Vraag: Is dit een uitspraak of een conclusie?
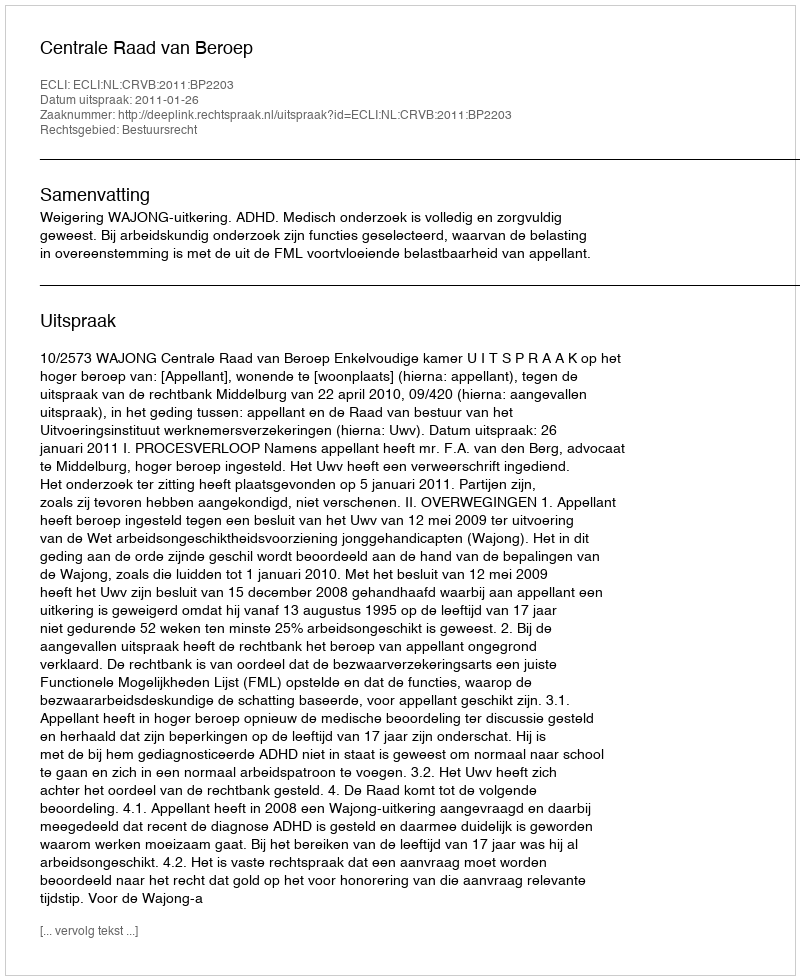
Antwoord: Uitspraak